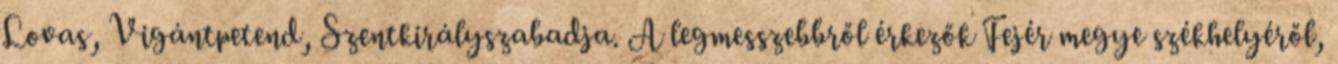
Lovas, Vigántpetend, Szentkirályszabadja. A legmesszebbről érkezők Fejér megye székhelyéről,